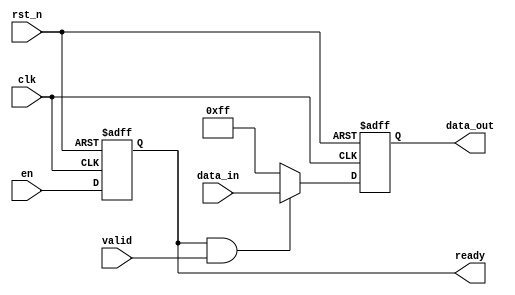
module slave#( parameter WIDTH = 8)(
	input clk,
	input rst_n,
	input en,
	input valid,
	input [WIDTH-1:0] data_in,
	output reg ready,
	output reg [WIDTH-1:0] data_out
);

	always @(posedge clk or negedge rst_n) begin
		if (!rst_n) begin
			ready <= 1'b0;
		end
		else begin
			ready <= en;
		end
	end

    always@ (posedge clk or negedge rst_n) begin
        if (!rst_n)
            data_out <= {WIDTH{1'b0}};                 
        else if (ready && valid)
            data_out <= data_in;              
        else 
            data_out <= {WIDTH{1'b1}};
    end      

endmodule